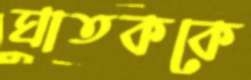
ঘাতককে